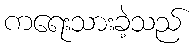
ကရေးသားခဲ့သည်